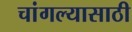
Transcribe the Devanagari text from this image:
चांगल्यासाठी